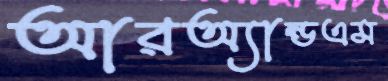
আরঅ্যান্ডএম